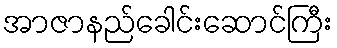
အာဇာနည်ခေါင်းဆောင်ကြီး